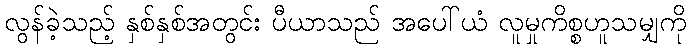
လွန်ခဲ့သည့် နှစ်နှစ်အတွင်း ပီယာသည် အပေါ်ယံ လူမှုကိစ္စဟူသမျှကို